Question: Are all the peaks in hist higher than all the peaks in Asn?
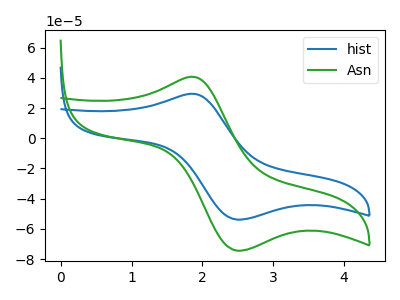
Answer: <think>The blue curve "hist" has an anodic peak at (1.85V, 29.45uA) and a cathodic peak at (2.50V, -53.80uA). The green curve "Asn" has an anodic peak at (1.85V, 40.75uA) and a cathodic peak at (2.50V, -74.35uA).</think>
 <answer>Every peak in "hist" is lower than every peak in "Asn".</answer>
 <eval>lower</eval>